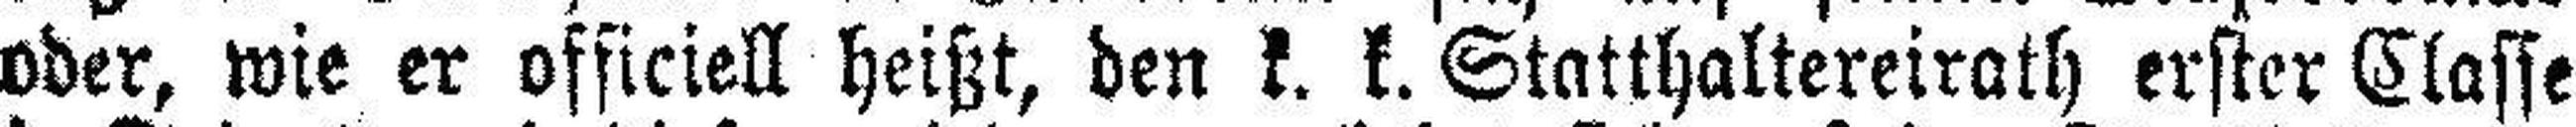
oder, wie er officiell heißt, den k. k. Statthaltereirath erster Classe